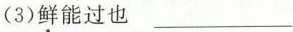
(3)鲜能过也___